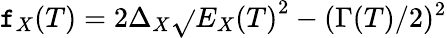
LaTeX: \mathtt{f}_{X}(T)=2\Delta_{X}\sqrt{}{{{E_{X}(T)}^{2}-(\Gamma(T)/2)^{2}}}